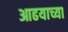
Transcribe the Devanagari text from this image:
आढयाच्या